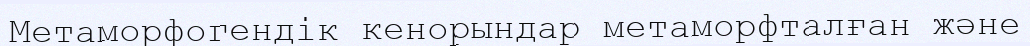
Метаморфогендік кенорындар метаморфталған және